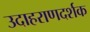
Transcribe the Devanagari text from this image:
उदाहराणदर्शक